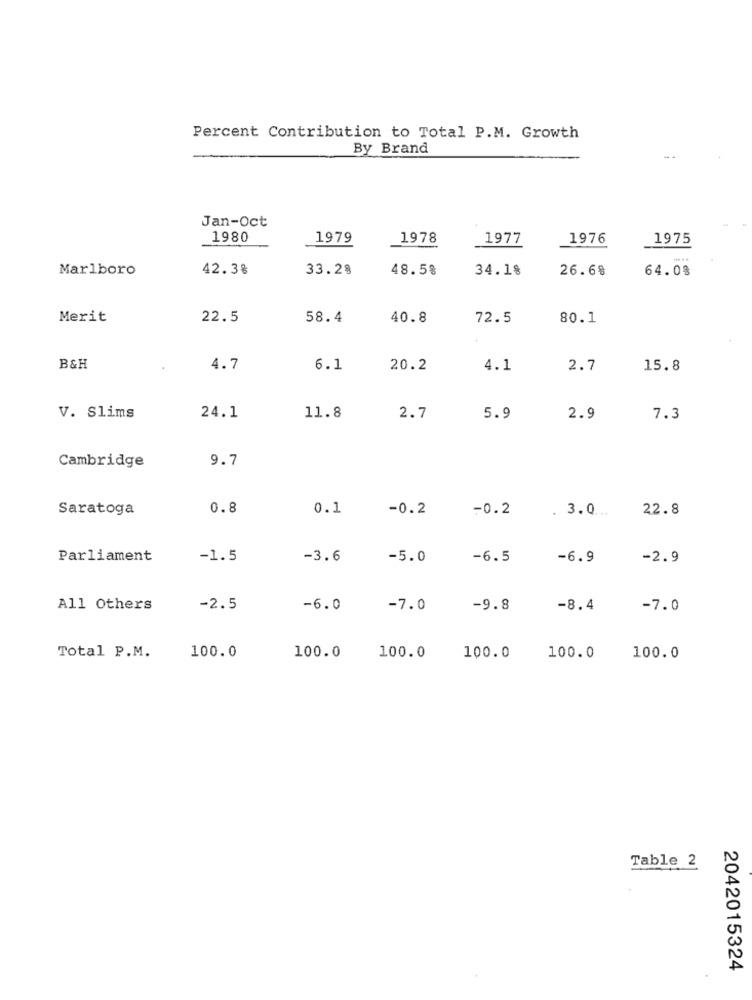
Percent Contribution to Total P.M. Growth
By Brand
Jan-Oct
1980
1979
1978
1977
1976
1975
Marlboro
42.3%
33.28
48.5%
34.18
26.68
64.0%
Merit
22.5
58.4
40.8
72.5
80.1
B&H
4.7
6.1
20.2
4.1
2.7
15.8
V. Slims
24.1
11.8
2.7
5.9
2.9
7.3
Cambridge
9.7
Saratoga
0.8
0.1
-0.2
-0.2
22.8
. 3.0 ...
Parliament
-1.5
-3.6
-5.0
-6.5
-6.9
-2.9
All Others
-2.5
-6.0
-7.0
-9.8
-8.4
-7.0
Total P.M.
100.0
100.0
100.0
100.0
100.0
100.0
Table 2
2042015324